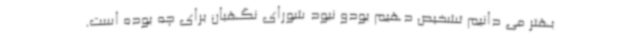
بهتر می دانیم تشخیص دهیم بودو نبود شورای نگهبان برای چه بوده است.